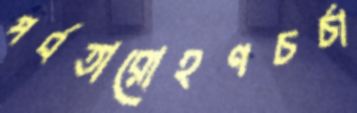
পর্বতারোহণচর্চা